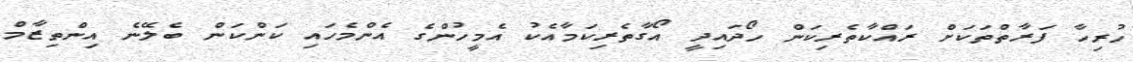
ހުރިހާ ފަރާތްތަކަށް ރައްކާތެރިކަން ހޯދައިދީ އޯގާތެރިކަމާއެކު އެމީހުންގެ އެންމެހައި ކަންކަން ބެލޭނެ އިންތިޒާމް